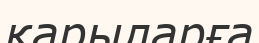
қарыларға